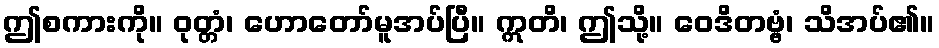
ဤစကားကို။ ဝုတ္တံ၊ ဟောတော်မူအပ်ပြီ။ ဣတိ၊ ဤသို့။ ဝေဒိတဗ္ဗံ၊ သိအပ်၏။